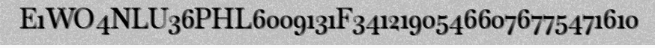
E1WO4NLU36PHL6009131F34121905466076775471610